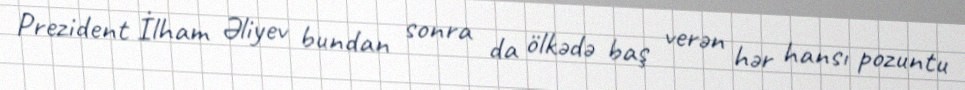
Prezident İlham Əliyev bundan sonra da ölkədə baş verən hər hansı pozuntu